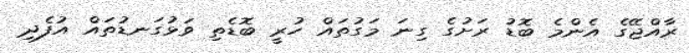
ރާއްޖޭގެ އެންމެ ބޮޑު ރަށުގެ ގިނަ މަގުތައް ހުރީ ބޮޑެތި ވަޅުގަނޑުތައް އުފެދި